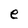
Character: e